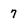
Character: 7